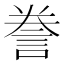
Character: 誊